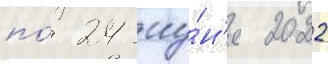
по́ 24 иу́н'я 2022